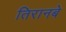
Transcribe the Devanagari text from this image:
तिरानबे